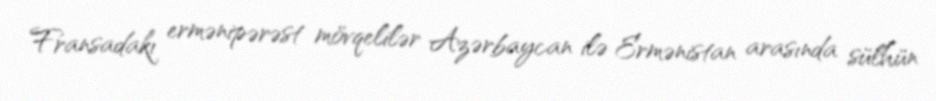
Fransadakı ermənipərəst mövqelilər Azərbaycan ilə Ermənistan arasında sülhün